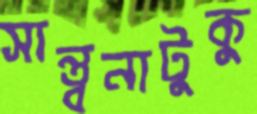
সান্ত্বনাটুকু